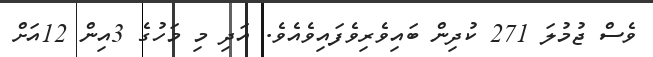
ވެސް ޖުމުލަ 271 ކުދިން ބައިވެރިވެފައިވެއެވެ. އަދި މި މަހުގެ 3އިން 12އަށް